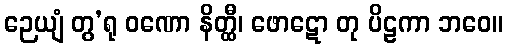
ဉေယျံ တွ’ရု ဝဏော နိတ္ထီ၊ ဖောဋော တု ပိဠကာ ဘဝေ။